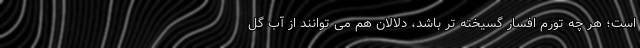
است؛ هر چه تورم افسار گسیخته تر باشد، دلالان هم می توانند از آب گل